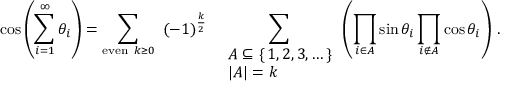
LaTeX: \cos \left( \sum _ { i = 1 } ^ { \infty } \theta _ { i } \right) = \sum _ { { \mathrm { e v e n } } \ k \geq 0 } ~ ( - 1 ) ^ { \frac { k } { 2 } } ~ ~ \sum _ { \begin{array} { l } { A \subseteq \{ \, 1 , 2 , 3 , \dots \, \} } \\ { \left| A \right| = k } \end{array} } \left( \prod _ { i \in A } \sin \theta _ { i } \prod _ { i \not \in A } \cos \theta _ { i } \right) \, .